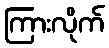
ကြားလိုက်